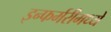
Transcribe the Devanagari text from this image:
इन्फर्मरीमध्ये